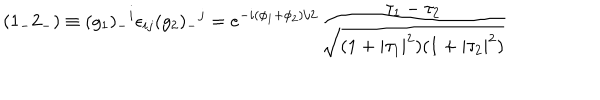
LaTeX: ( { 1 _ { - } 2 _ { - } } ) \equiv ( g _ { 1 } ) _ { - } { } ^ { i } \epsilon _ { i j } ( g _ { 2 } ) _ { - } { } ^ { j } = e ^ { - i { ( \phi _ { 1 } + \phi _ { 2 } ) / 2 } } \frac { \tau _ { 1 } - \tau _ { 2 } } { \sqrt { ( 1 + | \tau _ { 1 } | ^ { 2 } ) ( 1 + | \tau _ { 2 } | ^ { 2 } ) } }